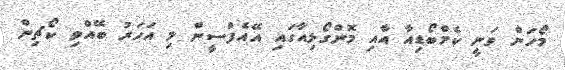
މޯހަން ވަނީ ކެމްބޯޑިއާ އާއި މޮންގޯލިއާގައި އޭއެފްސީން މި އަހަރު ބޭއްވި ކޯޗިން